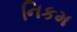
નિકમ